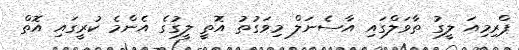
ޕްރިމިއަ ލީގު ތާވަލްގައި އާސެނަލް މިވަގުތު އޮތީ ލީގުގެ އެންމެ ކުރީގައި އޮތް